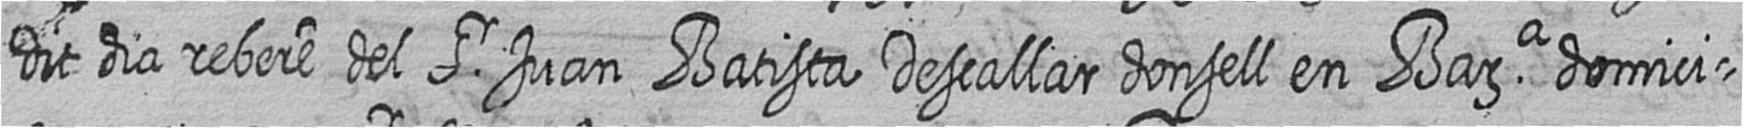
Dit dia rebere del Sr Juan Batista Descallar donsell en Bara domici=